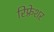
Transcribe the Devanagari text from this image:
रिफ़्रेशर